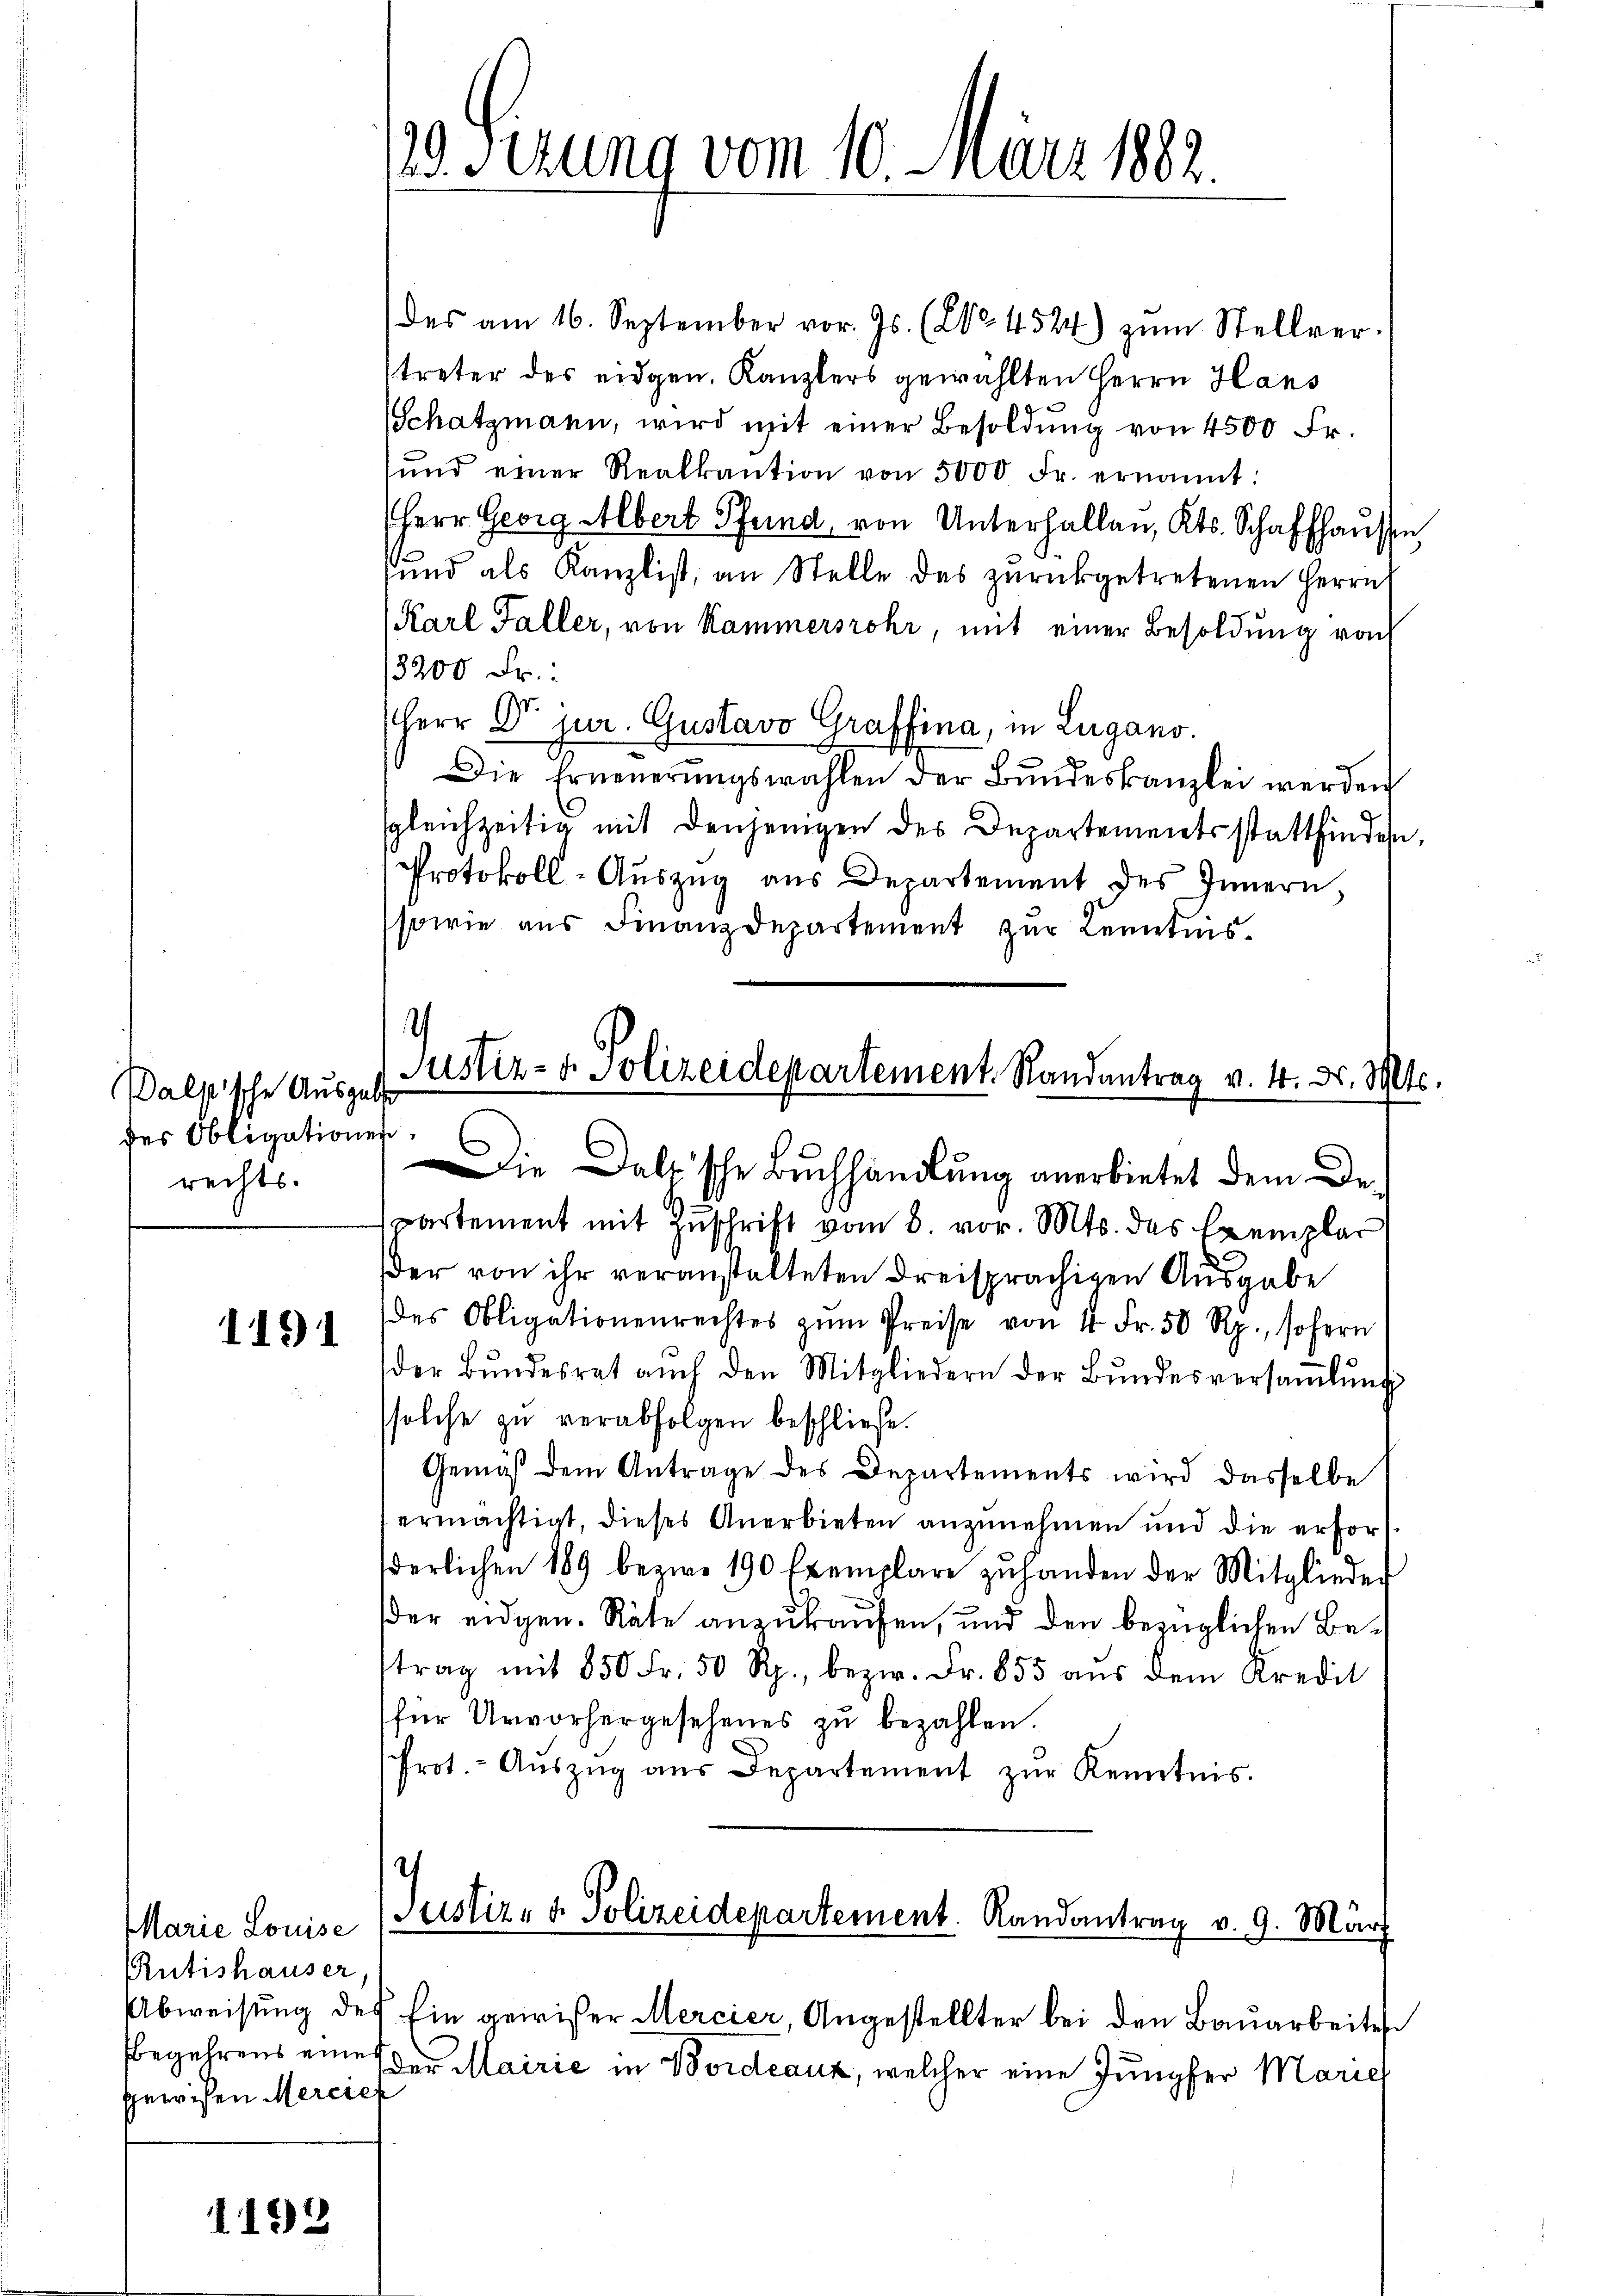
Palpische Ausgabe
des Obligationen
rechts-

1191

des am 16. September vor. Js. (2. 4524) zŭm Stellver-
treter des eidgen. Kanzlers gewählten Herrn Hans
Schatzmann, wird mit einer Besoldŭng von 4500 Fr.
ŭnd einer Realkaution von 5000 Fr. ernannt:
Herr Georg Albert Pfund, von Unterhallen, Kts. Schaffhausen
und als Kanzlist, an Stelle des zŭrückgetretenen Herrn
(Karl Faller, von Kammersrohr, mit einer Besoldung von
3200 Fr.:
Herr Dr. jur. Gustavo Graffina, in Lugano.
Die Erneŭerŭngswahlen der Bŭndeskanzlei werden
sgleichzeitig mit denjenigen des Departementsstattfinden,
Protokoll-Auszug aus Departement des Innern,
sowie aus Finanzdepartement zur Lerntens¬
.
Justiz- & Polizeidepartement. Randantrag v. 4. d. Mts.

Marie Louise
Rütishauser.
Begehrens eines
gewisen Merciek

1192

9 Sizung vom 10. März 1882.

Die Dalt'sche Buchhandlung anerbietet dem Departement mit Zuschrift vom 8. vor. Mts. des Exemplar
der von ihr veranstalteten dreisprächigen Ausgabe
des Obligationenrechtes zŭm Preise von 4 Fr. 50 Rp., sofern
der Bŭndesrat auch den Mitgliedern der Bŭndesversaṁlŭng
solche zu verabfolgen beschließe.
Gemäß dem Antrage des Departements wird dasselbe
ermächtigt, dieses Anerbieten anzunehmen und die erfor
derlichen 189 bezw. 190 Exemplare zŭ handen der Mitglieder
der eidgen. Räte anzukaufen, und den bezüglichen Betrag mit 850 Fr. 50 Rp., bezw. Fr. 855 aŭs dem Kredit
für Urvorhergesehenes zu bezahlen.
Prot.- Aŭszŭg aŭs Departement zŭr Kenntnis.

Justiz- & Polizeidepartement. Randantrag v. 9. März

Abweisung des Ein gewißer Mercier, Angestellter bei den Bauarbeites
der Mairić in Bordeaux, welcher eine Jungfer Mariel